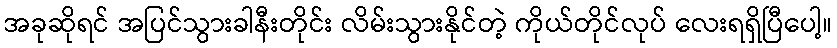
အခုဆိုရင် အပြင်သွားခါနီးတိုင်း လိမ်းသွားနိုင်တဲ့ ကိုယ်တိုင်လုပ် လေးရရှိပြီပေါ့။